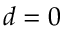
d = 0